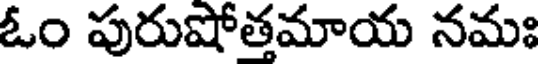
ఓం పురుషోత్తమాయ నమః